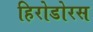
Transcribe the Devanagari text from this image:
हिरोडोरस